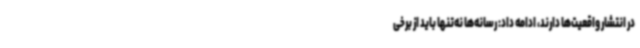
در انتشار واقعیت‌ها دارند، ادامه داد: رسانه‌ها نه‌تنها باید از برخی